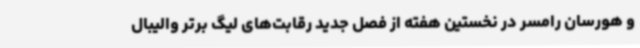
و هورسان رامسر در نخستین هفته از فصل جدید رقابت‌های لیگ برتر والیبال